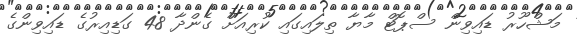
މަޝްހޫރު ޑައިވިން ސްޕޮޓް މާޔާ ތިލައިގައި ކުރިއަށް ގެންދާ 48 ގަޑިއިރުގެ ޑައިވިންގެ